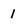
Character: 1